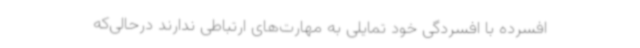
افسرده با افسردگی خود تمایلی به مهارت‌های ارتباطی ندارند درحالی‌که